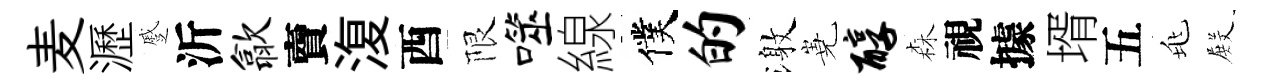
麦瀝蹙沂歙𧶠𣸪酉限噬線僕的激嶤醇森視據壻五兆𭮺